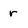
Character: r